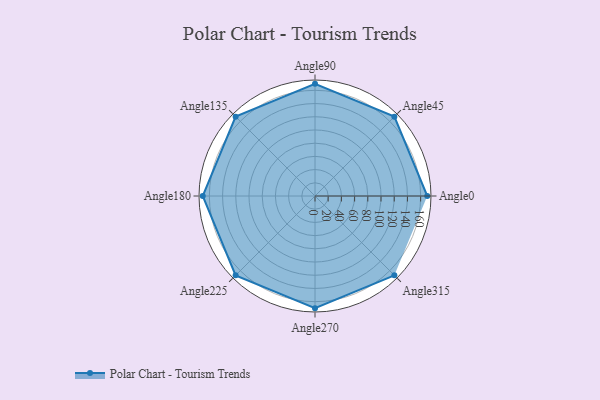
{"axis": {"x": "Angle", "y": "Radius"}, "legend": [""], "data": [{"x": "Angle0", "y": 170, "type": ""}, {"x": "Angle45", "y": 170, "type": ""}, {"x": "Angle90", "y": 170, "type": ""}, {"x": "Angle135", "y": 170, "type": ""}, {"x": "Angle180", "y": 170, "type": ""}, {"x": "Angle225", "y": 170, "type": ""}, {"x": "Angle270", "y": 170, "type": ""}, {"x": "Angle315", "y": 170, "type": ""}]}